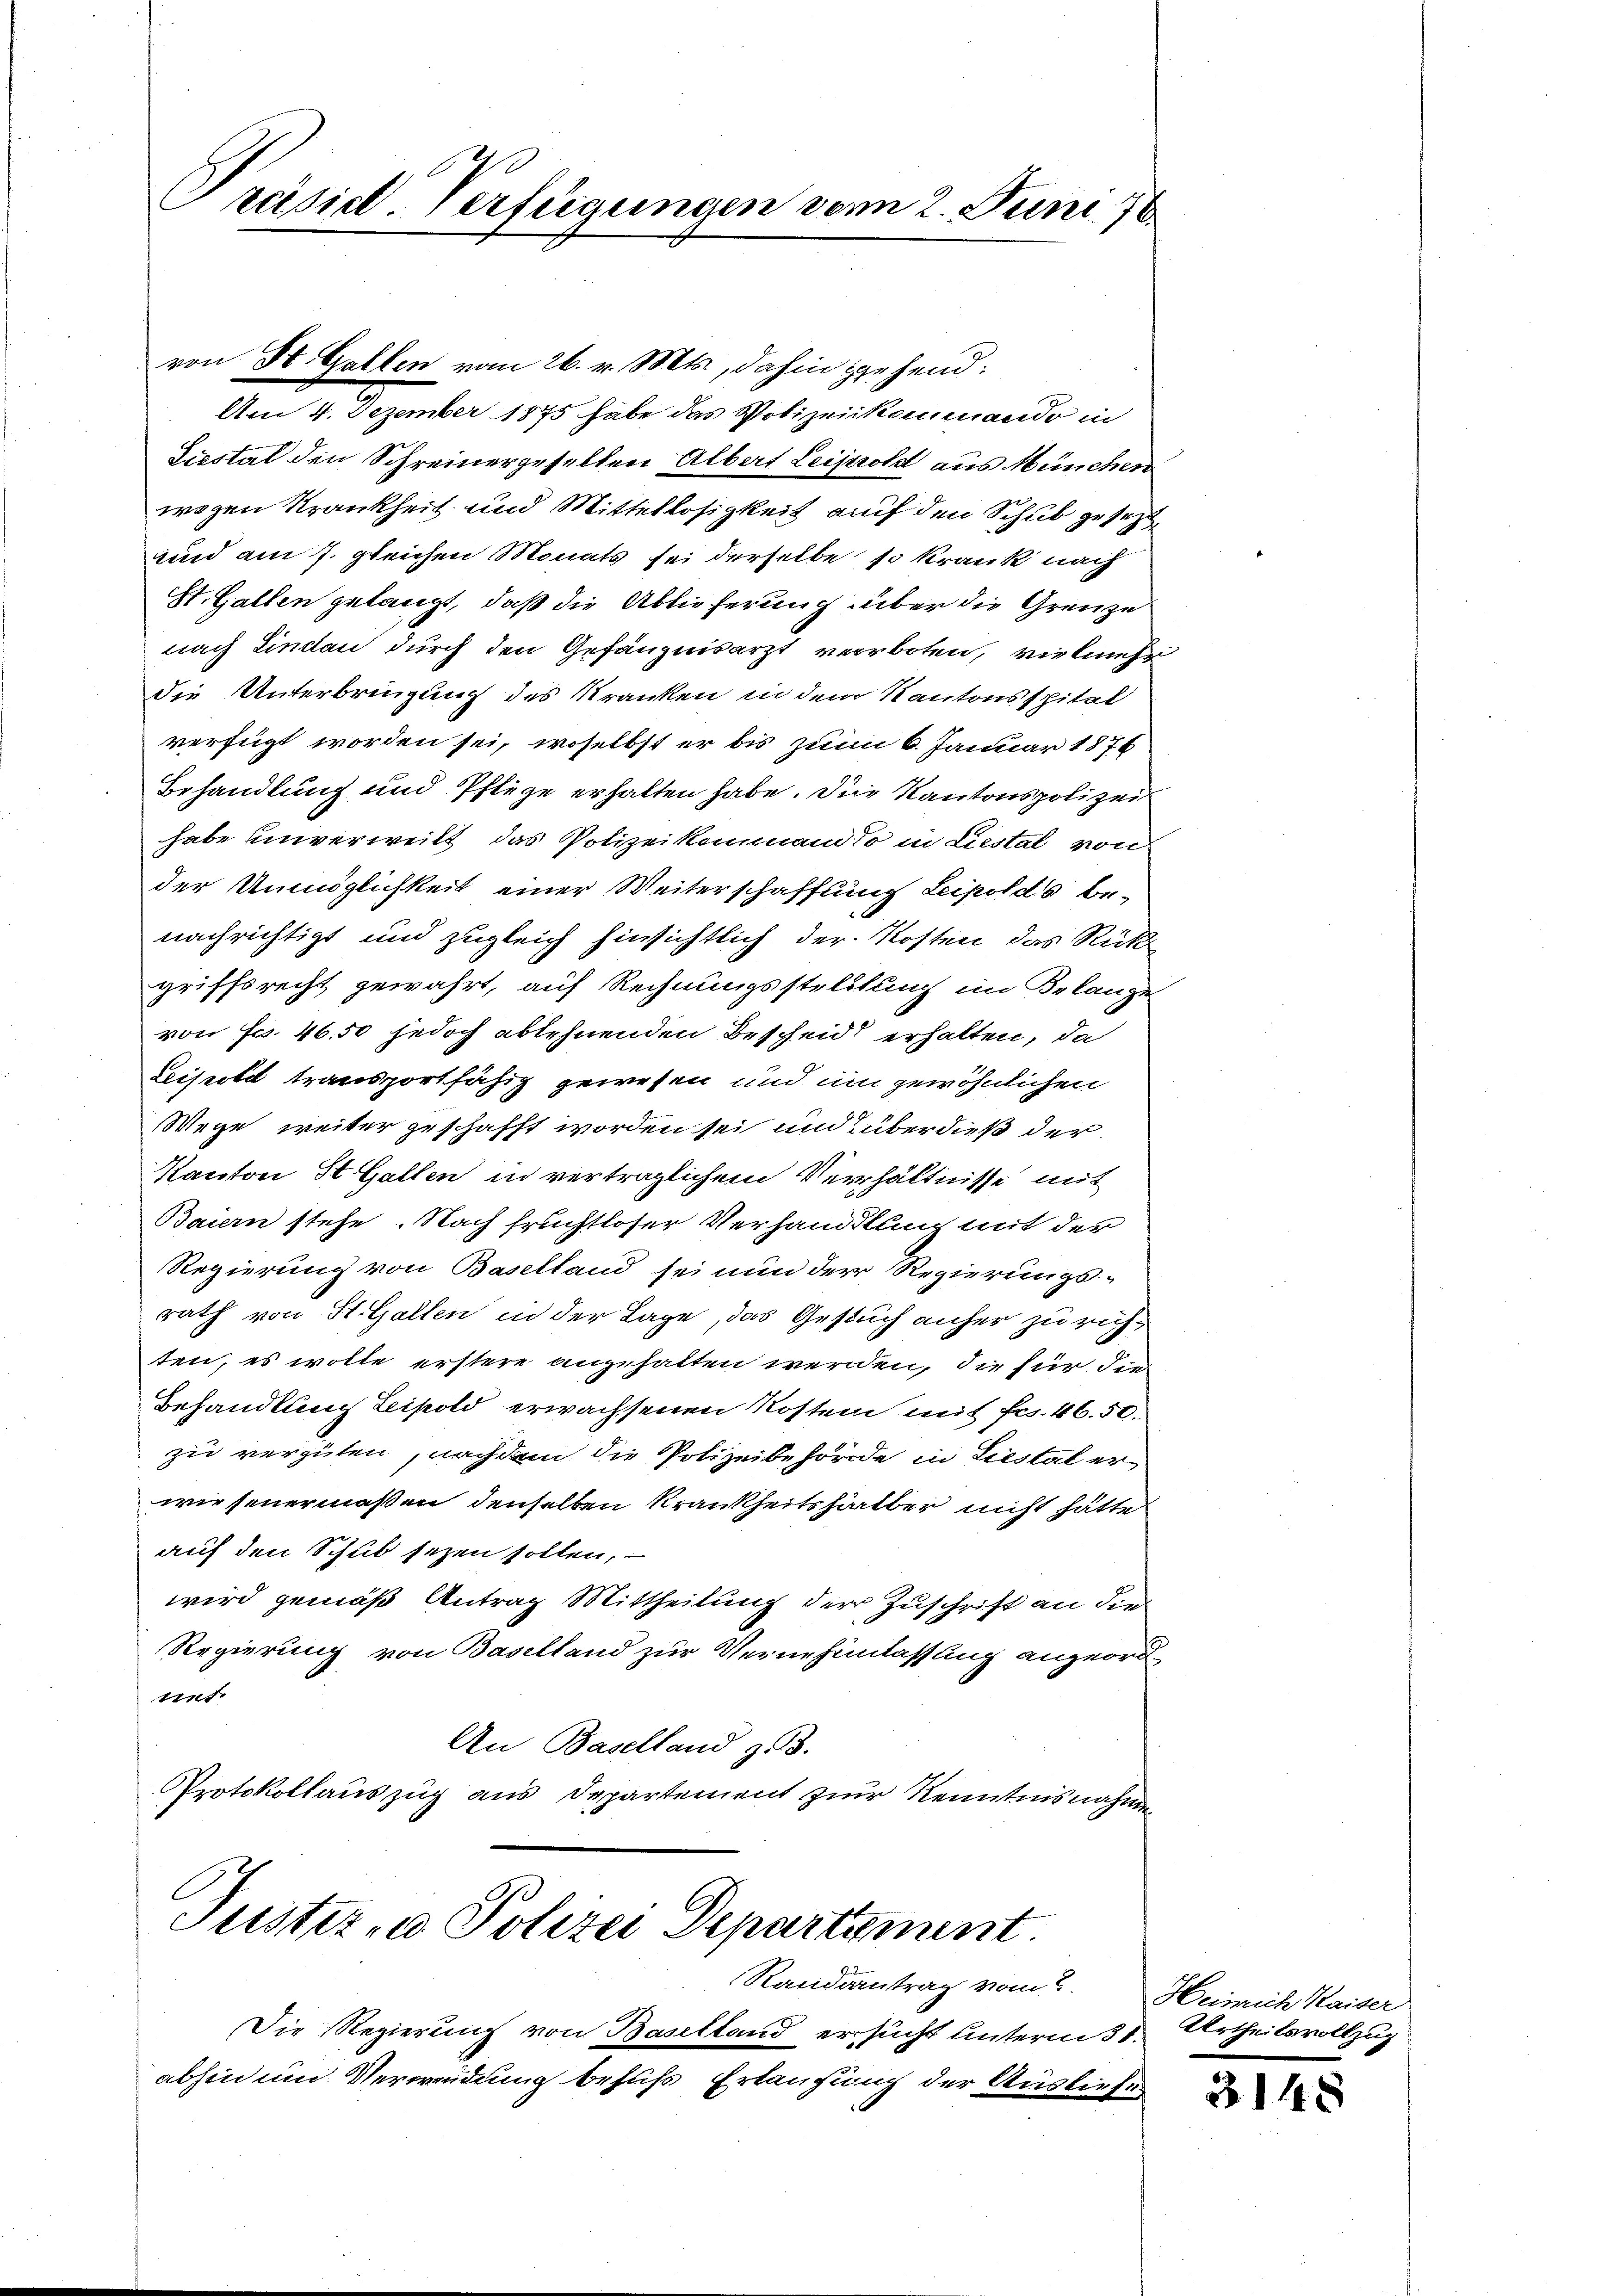
Präsidl-Verfügungen vom 2. Juni 178

von St. Gallen vom 26. v. Mts., dahin gehend:
Am 4. Dezember 1875 habe das Polizeikommando in
Liestal den Schreinergesellen Albert Leipold aus München
wogen Krankheit und Mittellosigkeit auf den Schub gesetzt,
und am 7. gleichen Monats sei derselbe so krank nach
St. Gallen gelangt, daß die Ablieferung über die Grenze
nach Lindau durch den Gefängnisarzt verboten, vielmehr
die Unterbringung des Kranken in dem Kantonsspital
verfügt worden sei, woselbst er bis zum 6. Januar 1876
Behandlung und Pflege erhalten habe. Die Kantonspolizei
habe unverweilt, das Polizeikommand so in Liestal von
der Unmöglichkeit einer Weiterschafftung Leipolds be-
nachrichtigt und zugleich hinsichtlich der Kosten das Rückgriffsrecht gewahrt, auf Rechnungsstellung im Belange
von Fr. 46. 50 jedoch ablehnenden Bescheid erhalten, da
Leipold transportfähig gewesen und um gewöhnlichen
Wege weiter geschafft worden sei und überdieß der
Kanton St. Gallen in verträglichem Verhältnisse mit
Baiern stehe. Nach fruchtloser Verhandlung mit der
Regierung von Baselland sei nun der Regierungs-
rath von St. Gallen in der Lage, das Gesuch anher zu rühten, es wolle erstere angehalten werden, die für die
Behandlung Leipold erwachsenen Kosten mit Fr. 46. 50.
zu vergüten, nachdem die Polizeibehörde in Liestal erwiesenermaßen, denselben Krankheitshalber nicht hätte
auf den Schub sezen sollen,
wird gemäß Antrag Mittheilung der Zuschrift an die
Regierung von Baselland zur Vernehmlassung angeordnit
An Baselland zu 3.
Protokollauszug aus Departement zur Kenntnisnahmen

Justiz- u Polizei Departement.
Randantrag vom

Die Regierung von Baselland ersucht unterm 31. Urtheilsvollzug
abhin um Verwendung behufs Erlaufung der Ausliefe

Heinrich Kaiser

3148